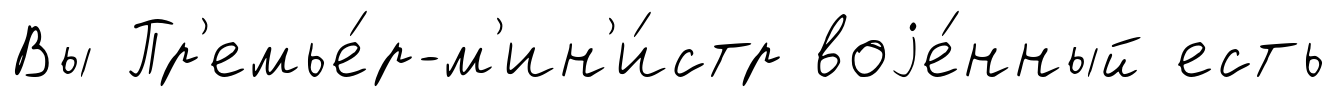
Вы Пр'емье́р-м'ин'и́стр воjе́нный есть